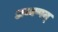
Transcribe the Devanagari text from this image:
अय्यप्पन्